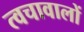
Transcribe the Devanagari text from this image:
त्वचावालों